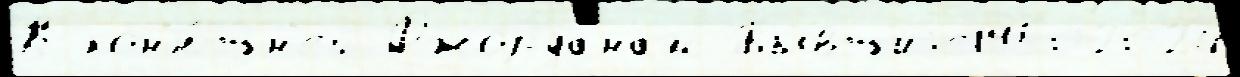
К кон'ю́шн'ей Джорданам Бывшиjе19502024